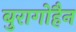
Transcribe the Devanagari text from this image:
बुरागोहैन